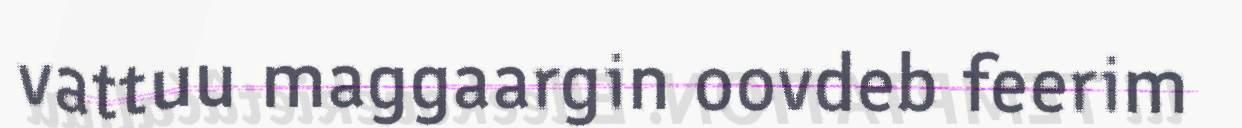
vattuu maggaargin oovdeb feerim